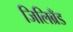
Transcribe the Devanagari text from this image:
जिलिब्रँड